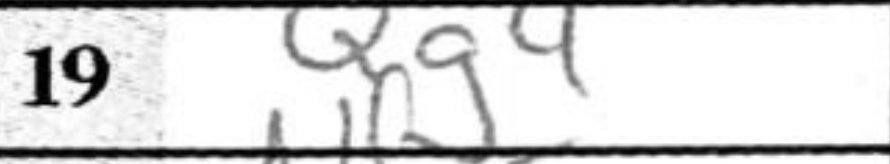
Transcription: Qg4